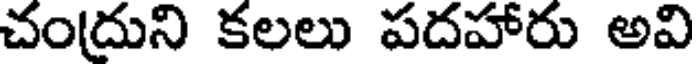
చంద్రుని కలలు పదహారు అవి